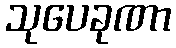
သုပေခုဏာ